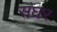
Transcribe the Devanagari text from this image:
संघर